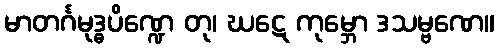
မာတင်္ဂမုဒ္ဓပိဏ္ဍေ တု၊ ဃဋေ ကုမ္ဘော ဒသမ္ဗဏေ။